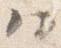
ハ